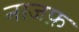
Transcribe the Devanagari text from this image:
नाजफ़